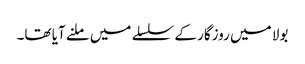
بولا میں روزگار کے سلسلے میں ملنے آیا تھا۔